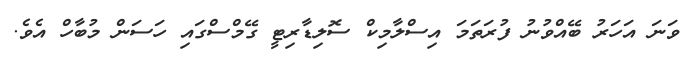
ވަނަ އަހަރު ބޭއްވުނު ފުރަތަމަ އިސްލާމިކް ސޮލިޑާރިޓީ ގޭމްސްގައި ހަސަން މުބާހް އެވެ.